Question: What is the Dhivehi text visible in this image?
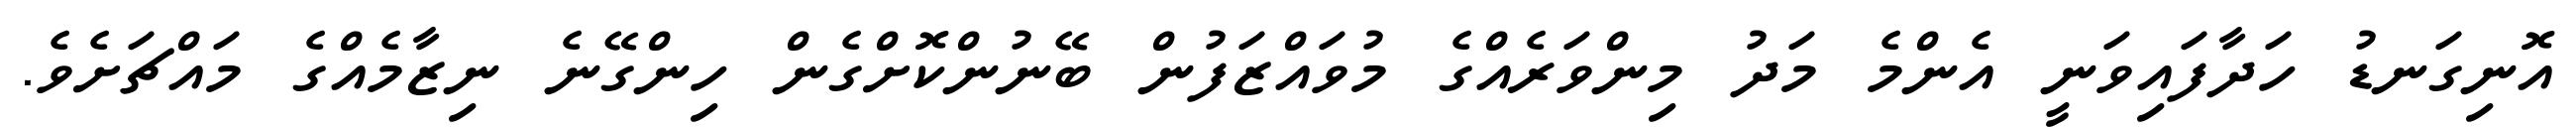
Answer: އޮނިގަނޑު ހަދާފައިވަނީ އެންމެ މަދު މިންވަރެއްގެ މުވައްޒަފުން ބޭނުންކޮށްގެން ހިންގޭނެ ނިޒާމެއްގެ މައްޗަށެވެ.